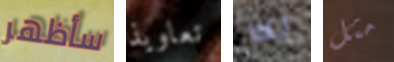
سأظهر تعاويذ لك مثل